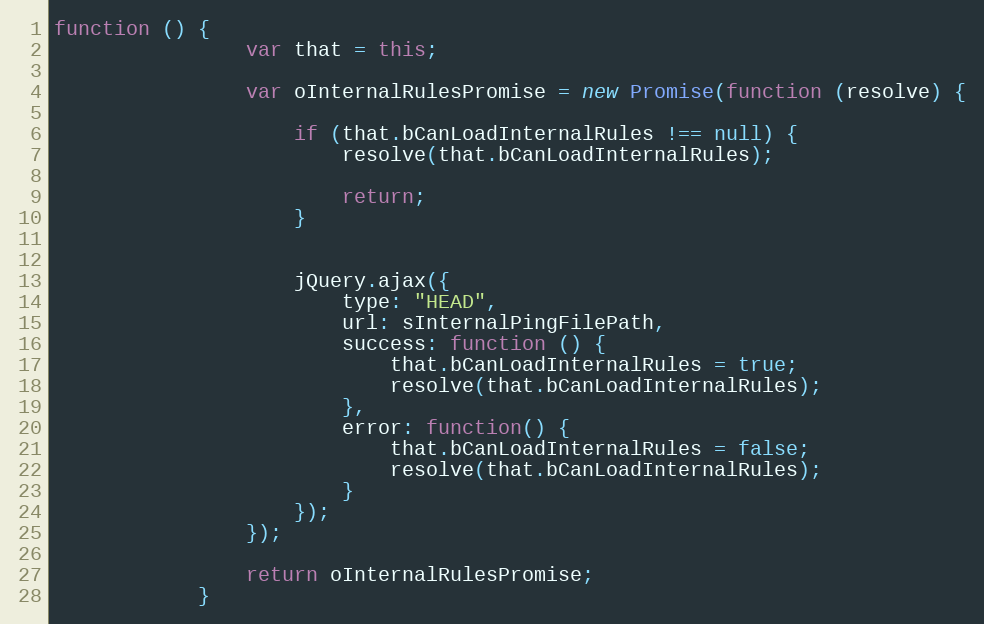
Language: JavaScript
function () {
				var that = this;

				var oInternalRulesPromise = new Promise(function (resolve) {

					if (that.bCanLoadInternalRules !== null) {
						resolve(that.bCanLoadInternalRules);

						return;
					}

					jQuery.ajax({
						type: "HEAD",
						url: sInternalPingFilePath,
						success: function () {
							that.bCanLoadInternalRules = true;
							resolve(that.bCanLoadInternalRules);
						},
						error: function() {
							that.bCanLoadInternalRules = false;
							resolve(that.bCanLoadInternalRules);
						}
					});
				});

				return oInternalRulesPromise;
			}